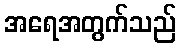
အရေအတွက်သည်